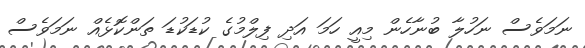
ނަމަވެސް ނަހުލާ ބުނާހެން މިއީ ހަމަ އަދި ފިލްމުގެ ކުޑަކުޑަ ތަންކޮޅެއް ނަމަވެސް